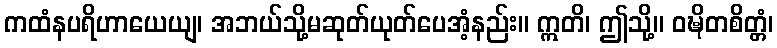
ကထံနပရိဟာယေယျ၊ အဘယ်သို့မဆုတ်ယုတ်ပေအံ့နည်း။ ဣတိ၊ ဤသို့။ ဝဍ္ဎိတစိတ္တံ၊